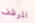
الموظف